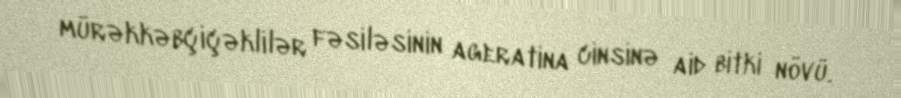
mürəkkəbçiçəklilər fəsiləsinin ageratina cinsinə aid bitki növü.